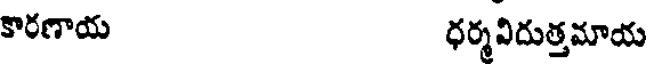
కొరణాయ ధర్మవిదుత్తమాయ